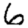
Digit: 6